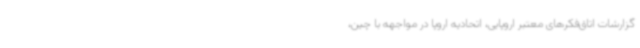
گزارشات اتاق‌فکرهای معتبر اروپایی، اتحادیه اروپا در مواجهه با چین،